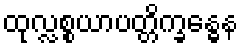
ထုလ္လစ္စယာပတ္တိက္ခန္ဓေန